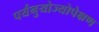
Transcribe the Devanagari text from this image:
पर्यनुयोज्योपेक्षण